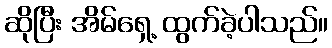
ဆိုပြီး အိမ်ရှေ့ ထွက်ခဲ့ပါသည်။